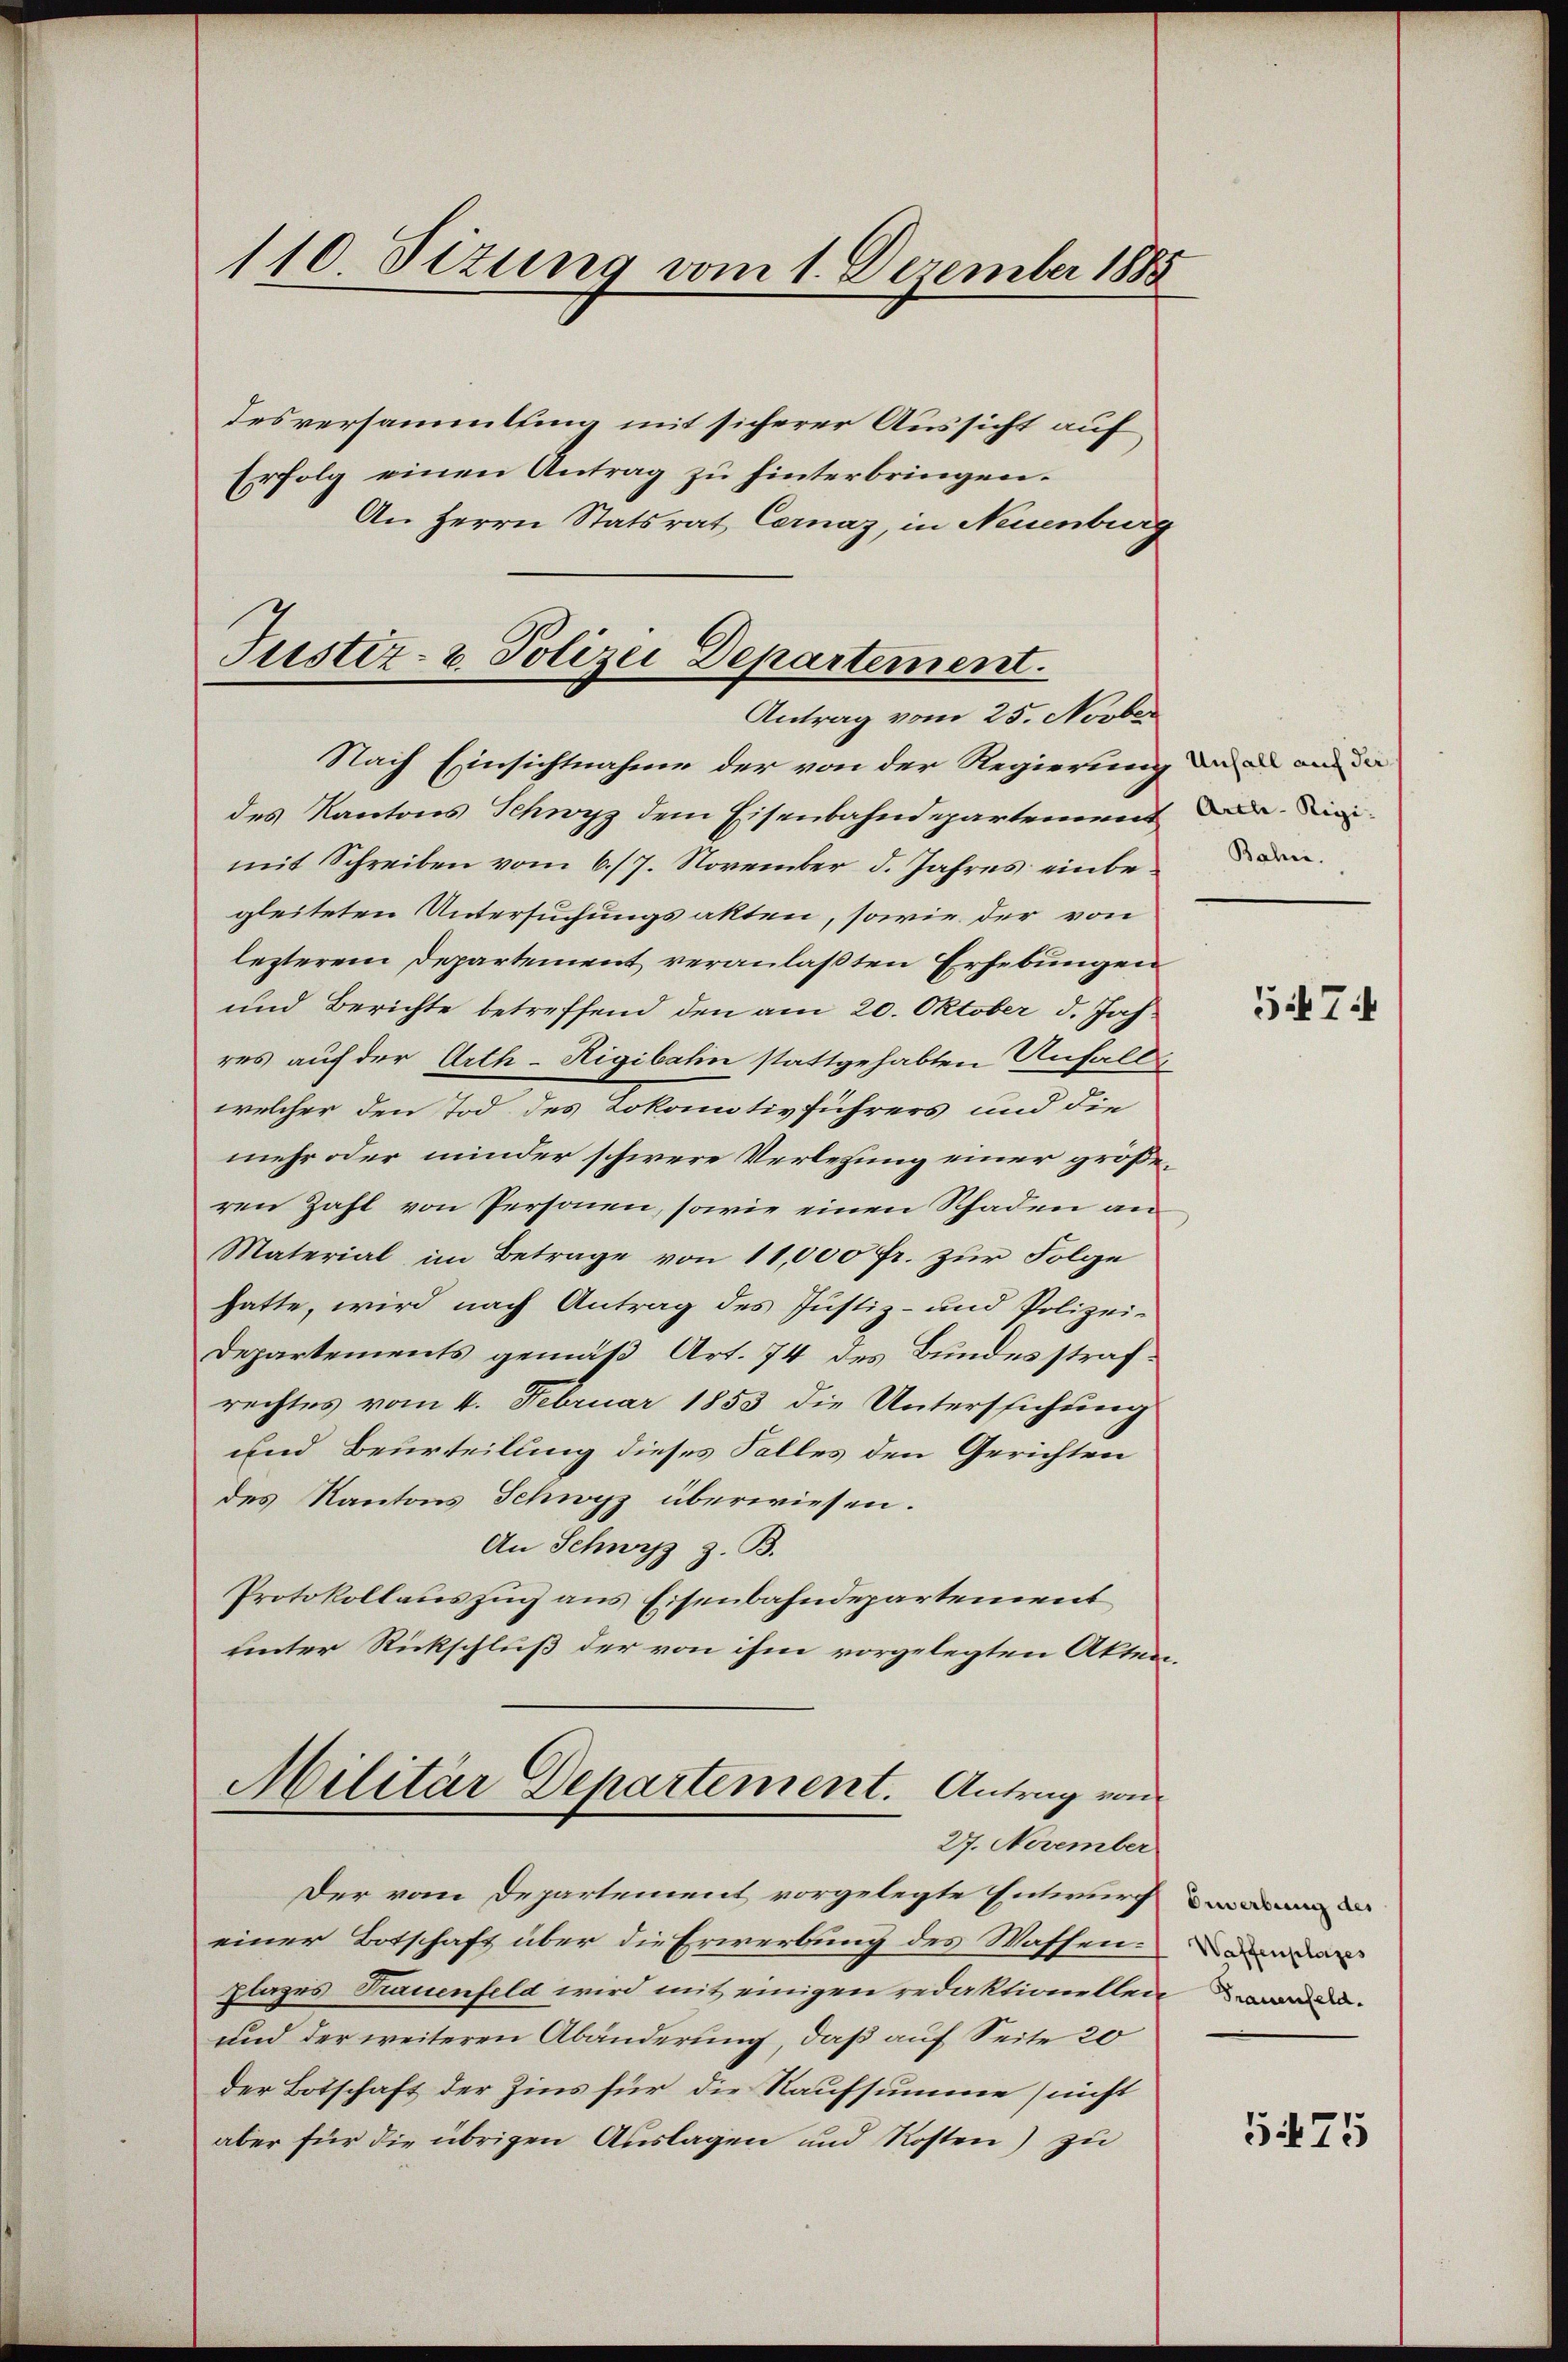
110. Seizung vom 1. Dezember 1885

desversammlung mit sicherer Aussicht auf
Erfolg einen Antrag zu hinterbringen.
An Herrn Statsrat Cernaz, in Neuenburg
Nach Einsichtnahme der von der Regierung die ande
des Kantons Schwyz dem Eisenbahndepartement der die
mit Schreiben vom 6./7. November d. Jahres einbegleiteten Untersuchungsakten, sowie der von
lezterem Departement veranlaßten Erhebungen
und Berichte betreffend den am 20. Oktober d. Jahres auf der Arth-Rigibahn stattgehabten Anfall
welcher den Tod des Lokomotivführers und die
mehr oder minder schwere Verlegung einer größeren Zahl von Personen, sowie einen Schaden an
Material im Betrage von 11,000 fr. zur Folge
hatte, wird nach Antrag des Justiz- und Polizei-
Departements gemäß Art. 74 des Bundesstrafrechtes vom 4. Februar 1853 die Untersuchung
und Beurteilung dieses Falles den Gerichten
des Kantons Schwyz überwiesen.
An Schwyz z. B.
Protokollauszug aus Eisenbahndepartement
unter Rickschluß der von ihm vorgelegten Akten
Militär Departement. Antrag von
27. November
Der vom Departement vorgelegte Entwurf
einer Botschaft über die Erwerbung des Wassen.
plages Trauenfeld wird mit einigen redaktionellen.
und der weiteren Abänderung, daß auf Seite 20
der Botschaft der Zins für die Kaufsumme (nicht
aber für die übrigen Auslagen und Kosten) zu

Justiz- & Polizei Departement.
Antrag vom 25. Novber

Bahn.

Gi7i

Erwerbung des
Waffenplatzes

5475